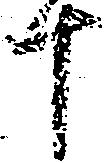
十